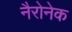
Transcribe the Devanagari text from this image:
नैरोनेक